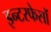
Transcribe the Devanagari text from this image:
इन्टरफेसों